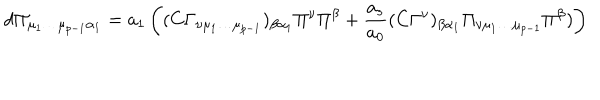
d \Pi _ { \mu _ { 1 } \dots \mu _ { p - 1 } \alpha _ { 1 } } = a _ { 1 } \left( ( C \Gamma _ { \nu \mu _ { 1 } \dots \mu _ { p - 1 } } ) _ { \beta \alpha _ { 1 } } \Pi ^ { \nu } \Pi ^ { \beta } + { \frac { a _ { s } } { a _ { 0 } } } ( C \Gamma ^ { \nu } ) _ { \beta \alpha _ { 1 } } \Pi _ { \nu \mu _ { 1 } \dots \mu _ { p - 1 } } \Pi ^ { \beta } ) \right)